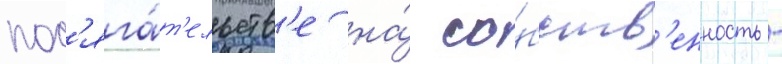
пос'яга́т'ельств'е на́ со́бств'енность -